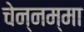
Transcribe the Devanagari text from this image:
चेन्‍नम्‍मा